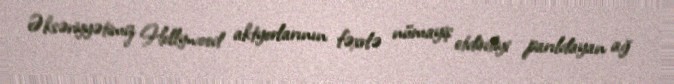
Əksəriyyətimiz Hollywood aktyorlarının fəxrlə nümayiş etdirdiyi parıldayan ağ